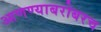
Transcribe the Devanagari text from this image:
आणण्याबरोबरच